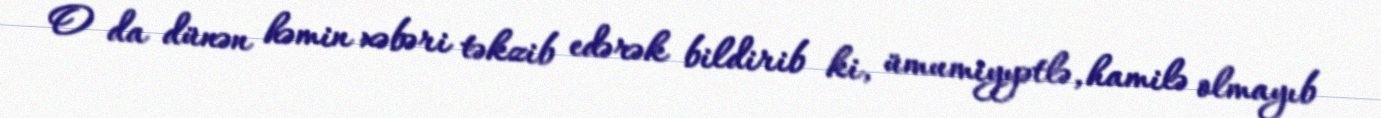
O da dünən həmin xəbəri təkzib edərək bildirib ki, ümumiyyətlə, hamilə olmayıb